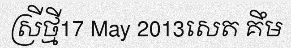
ស្រីថ្មី17 May 2013សេត គឹម